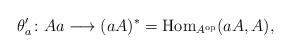
LaTeX: \begin{align*}\theta'_a\colon Aa\longrightarrow (aA)^*={\rm Hom}_{A^{\rm op}}(aA, A),\end{align*}